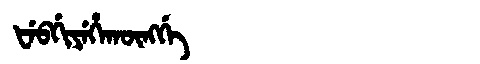
Manchu: ᡶᡝᠪᡤᡳᠶᡝᡥᠠᡴᡡᠩᡤᡝ
Romanization: FEBGIYEHAKŪNGGE